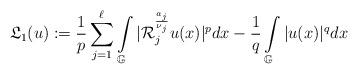
LaTeX: \begin{align*}\mathfrak{L}_{1}(u):=\frac{1}{p}\sum_{j=1}^{\ell}\int\limits_{\mathbb{G}}|\mathcal{R}_{j}^{\frac{a_{j}}{\nu_{j}}}u(x)|^{p}dx-\frac{1}{q}\int\limits_{\mathbb{G}}|u(x)|^{q}dx\end{align*}